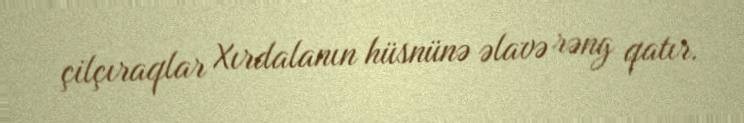
çilçıraqlar Xırdalanın hüsnünə əlavə rəng qatır.